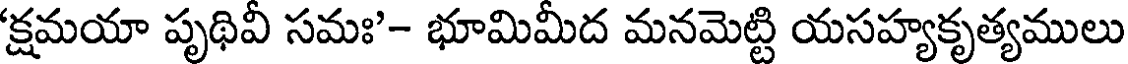
'క్షమయా పృథివీ సమః'- భూమిమీద మనమెట్టి యసహ్యకృత్యములు